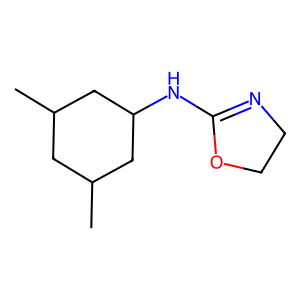
SMILES: CC1CC(C)CC(NC2=NCCO2)C1
Inhibits HIV replication: No